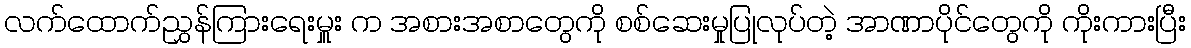
လက်ထောက်ညွှန်ကြားရေးမှူး က အစားအစာတွေကို စစ်ဆေးမှုပြုလုပ်တဲ့ အာဏာပိုင်တွေကို ကိုးကားပြီး